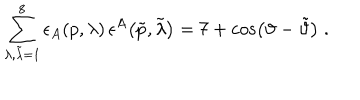
LaTeX: \sum _ { \lambda , \tilde { \lambda } = 1 } ^ { 8 } \epsilon _ { A } \! \left( p , \lambda \right) \epsilon ^ { A } \! \left( \tilde { p } , \tilde { \lambda } \right) = 7 + \cos \left( \vartheta - \tilde { \vartheta } \right) \; .